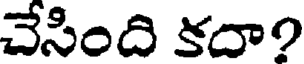
చేసింది కదా?